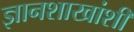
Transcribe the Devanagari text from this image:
ज्ञानशाखांशी